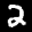
Label: 2